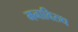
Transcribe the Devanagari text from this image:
मनाविरुध